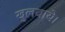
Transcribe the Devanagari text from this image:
खुलवाये।